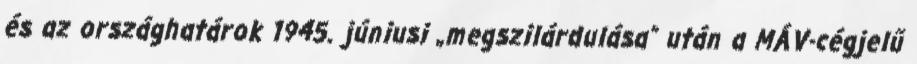
és az országhatárok 1945. júniusi „megszilárdulása” után a MÁV-cégjelű